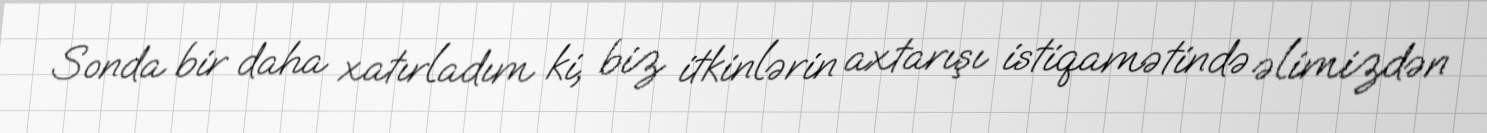
Sonda bir daha xatırladım ki, biz itkinlərin axtarışı istiqamətində əlimizdən